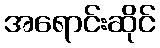
အရောင်းဆိုင်